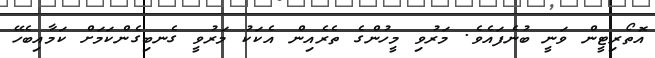
އޮތޯރިޓީން ވަނީ ބުނެފައެވެ. މަރުވި މީހުންގެ ތެރެއިން އެކަކު މަރުވީ ގެނބިގެންކަމަށް ކަމާއިބެހޭ